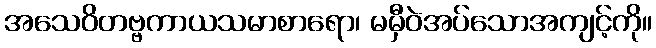
အသေဝိတဗ္ဗကာယသမာစာရော၊ မမှီဝဲအပ်သောအကျင့်ကို။